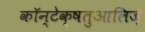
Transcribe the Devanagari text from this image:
कॉन्टेक्षतुआलिज़े